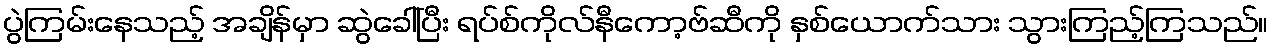
ပွဲကြမ်းနေသည့် အချိန်မှာ ဆွဲခေါ်ပြီး ရပ်စ်ကိုလ်နီကော့ဗ်ဆီကို နှစ်ယောက်သား သွားကြည့်ကြသည်။